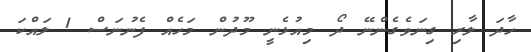
ހާދަ ލާރި ގިނަވެގެންނޭ ދޯ މިއުޅެނީ މޫދުން މަހެއް ފެނުނަސް 1 ލައްކަ